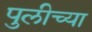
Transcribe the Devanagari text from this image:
पुलीच्या